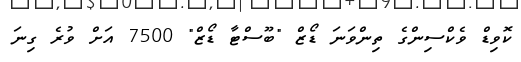
ކޮވިޑް ވެކްސިންގެ ތިންވަނަ ޑޯޒް "ބޫސްޓާ ޑޯޒް" 7500 އަށް ވުރެ ގިނަ